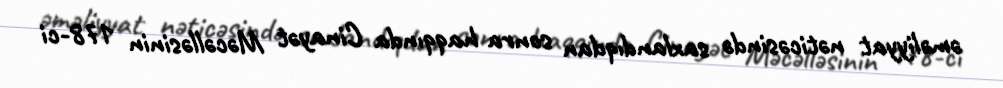
əməliyyat nəticəsində saxlandıqdan sonra haqqında Cinayət Məcəlləsinin 178-ci